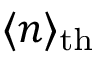
\langle n \rangle _ { \mathrm { t h } }